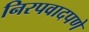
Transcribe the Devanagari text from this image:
निरपवादपणे